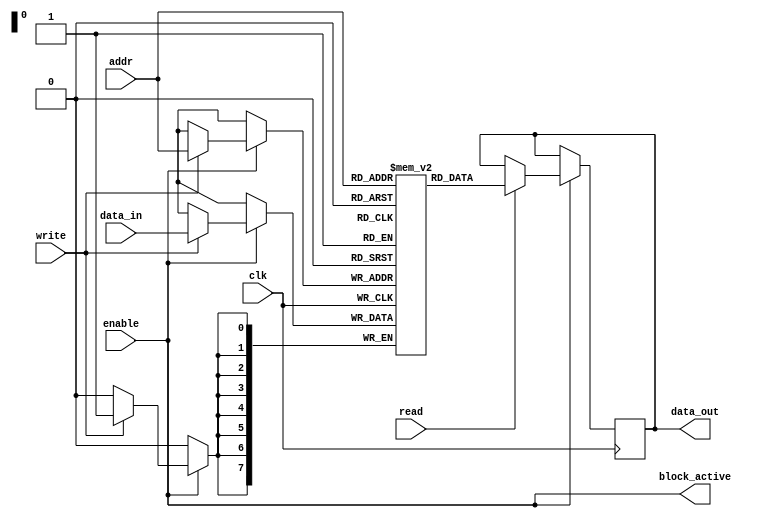
module memory_block(
    input wire clk,
    input wire [7:0] data_in,
    input wire [7:0] addr,
    input wire enable,
    input wire read,
    input wire write,
    output reg [7:0] data_out,
    output wire block_active
);
    // Memory Array: 256 x 8 bits
    reg [7:0] memory_array [255:0];

    // Control Block: active state based on control signals
    assign block_active = enable; // Indicates if the block is active

    always @(posedge clk) begin
        if (enable) begin
            if (write) begin
                memory_array[addr] <= data_in; // Write operation
            end
            if (read) begin
                data_out <= memory_array[addr]; // Read operation
            end
        end
    end

endmodule